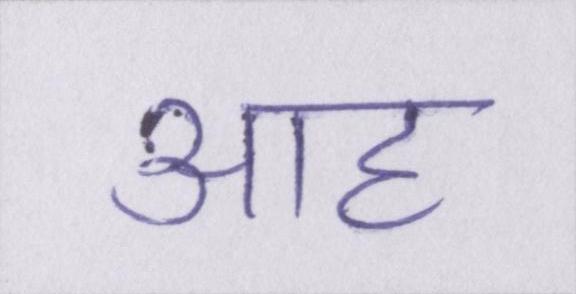
आह